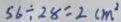
5 6 \div 2 8 = 2 c m ^ { 2 }